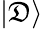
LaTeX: |\mathfrak{D}\rangle